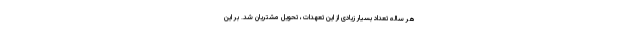
هر ساله تعداد بسیار زیادی از این تعهدات، تحویل مشتریان شد. بر اين